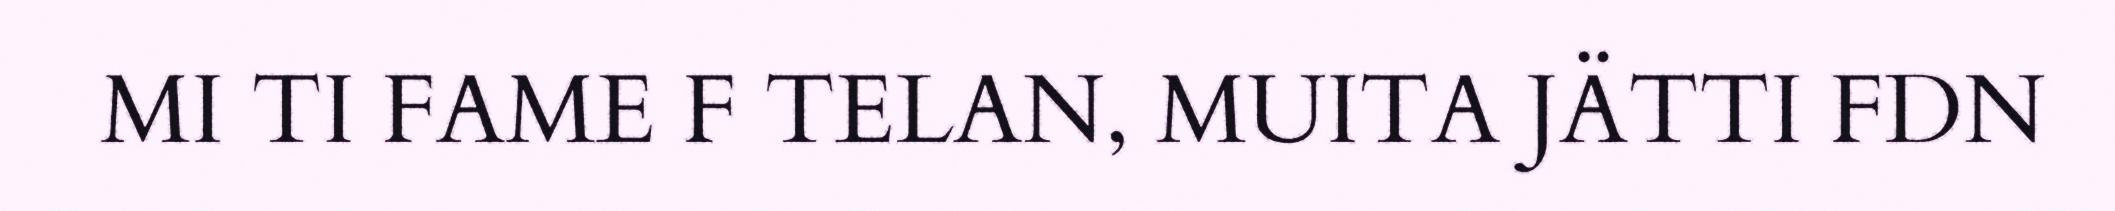
MI TI FAME F TELAN, MUITA JÄTTI FDN